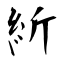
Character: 紤